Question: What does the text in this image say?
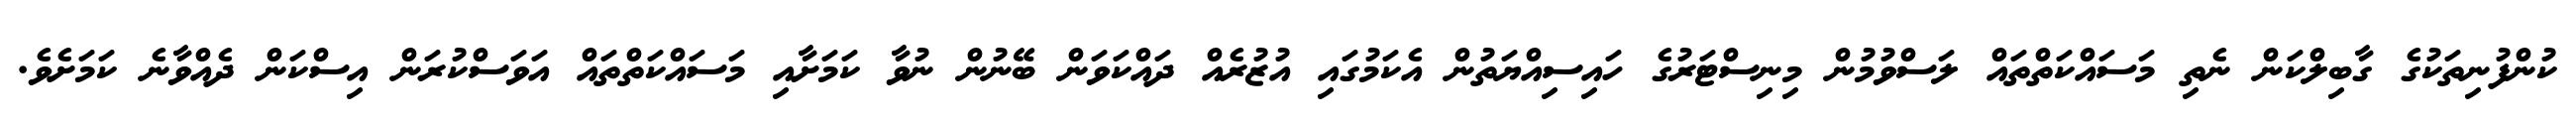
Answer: ކުންފުނިތަކުގެ ގާބިލްކަން ނެތި މަސައްކަތްތައް ލަސްވުމުން މިނިސްޓަރުގެ ހައިސިއްޔަތުން އެކަމުގައި އުޒުރެއް ދައްކަވަން ބޭނުން ނުވާ ކަމަށާއި މަސައްކަތްތައް އަވަސްކުރަން އިސްކަން ދެއްވާނެ ކަމަށެވެ.